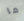
ما